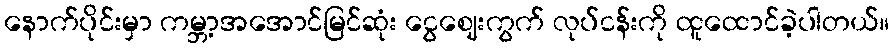
နောက်ပိုင်းမှာ ကမ္ဘာ့အအောင်မြင်ဆုံး ငွေဈေးကွက် လုပ်ငန်းကို ထူထောင်ခဲ့ပါတယ်။